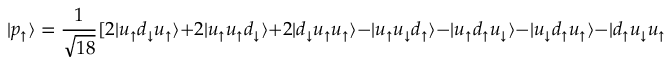
| p _ { \uparrow } \rangle = { \frac { 1 } { \sqrt { 1 8 } } } [ 2 | u _ { \uparrow } d _ { \downarrow } u _ { \uparrow } \rangle + 2 | u _ { \uparrow } u _ { \uparrow } d _ { \downarrow } \rangle + 2 | d _ { \downarrow } u _ { \uparrow } u _ { \uparrow } \rangle - | u _ { \uparrow } u _ { \downarrow } d _ { \uparrow } \rangle - | u _ { \uparrow } d _ { \uparrow } u _ { \downarrow } \rangle - | u _ { \downarrow } d _ { \uparrow } u _ { \uparrow } \rangle - | d _ { \uparrow } u _ { \downarrow } u _ { \uparrow } \rangle - | d _ { \uparrow } u _ { \uparrow } u _ { \downarrow } \rangle - | u _ { \downarrow } u _ { \uparrow } d _ { \uparrow } \rangle ] .